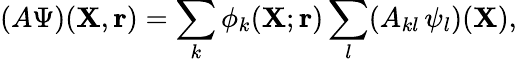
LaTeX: (A\Psi)({\mathbf{X}},{\mathbf{r}})=\sum_{k}\phi_{k}({\mathbf{X}};{\mathbf{r}})\sum_{l}(A_{kl}\, \psi_{l})({\mathbf{X}}),